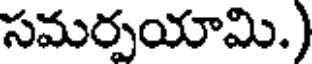
సమర్పయామి.)